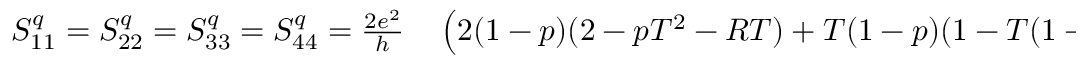
\begin{array} { r l } { S _ { 1 1 } ^ { q } = S _ { 2 2 } ^ { q } = S _ { 3 3 } ^ { q } = S _ { 4 4 } ^ { q } = \frac { 2 e ^ { 2 } } { h } } & { { } \left( 2 ( 1 - p ) ( 2 - p T ^ { 2 } - R T ) + T ( 1 - p ) ( 1 - T ( 1 - p ) ) \frac { e V } { k _ { B } \mathcal { T } } \right. } \end{array}